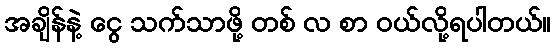
အချိန်နဲ့ ငွေ သက်သာဖို့ တစ် လ စာ ဝယ်လို့ရပါတယ်။